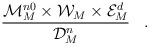
\begin{align*} \frac{ {\cal M}^{n0}_M \times {\cal W}_M \times {\cal E}^d_M}{ {\cal D}^n_M} \;\;\;.\end{align*}